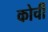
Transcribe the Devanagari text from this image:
कोर्ची